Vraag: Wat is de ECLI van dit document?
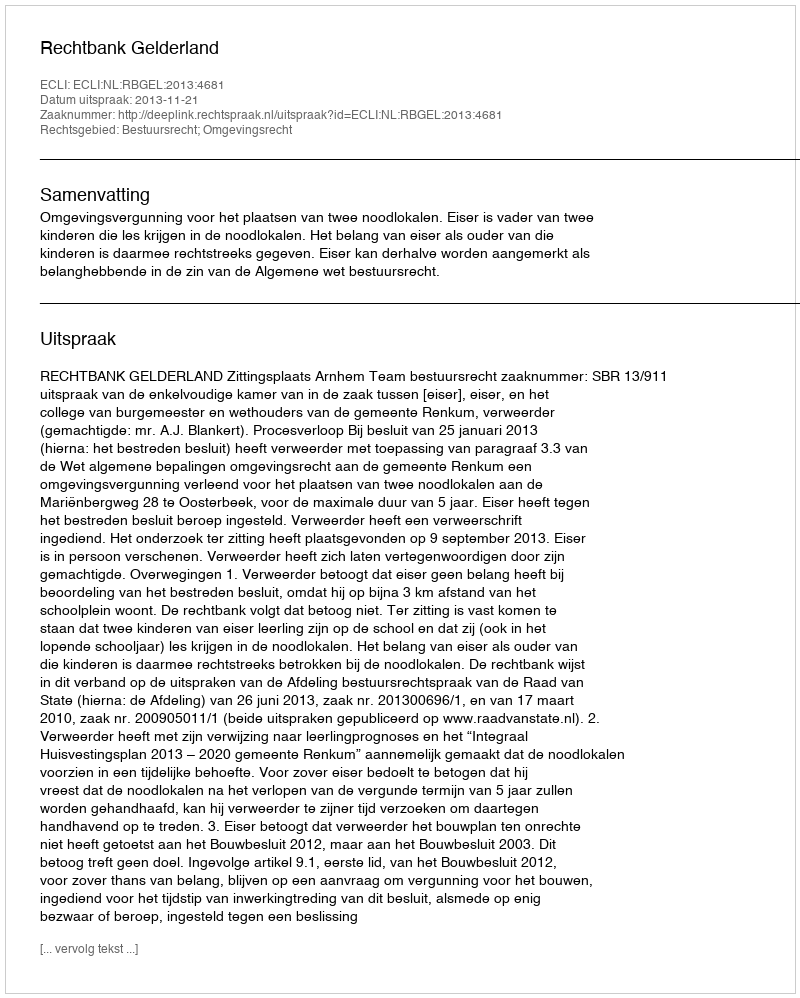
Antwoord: ECLI:NL:RBGEL:2013:4681